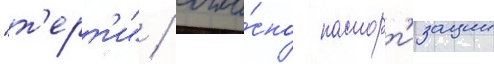
"т'ерт'и" / согла́сно паспорт'изации